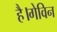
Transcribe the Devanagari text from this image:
है।गेविन